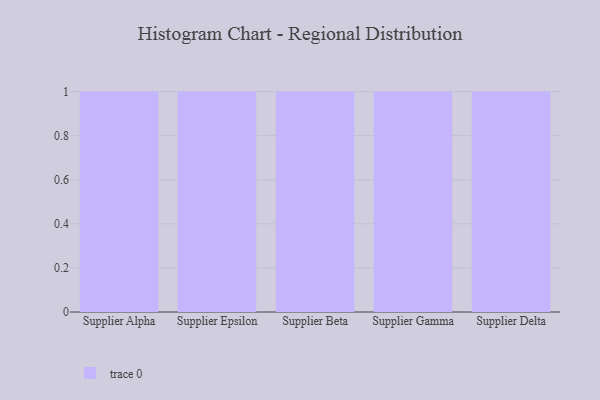
{"axis": {"x": "Supplier", "y": "Revenue (USD Million)"}, "legend": [""], "data": [{"x": "Supplier Alpha", "y": 30, "type": ""}, {"x": "Supplier Epsilon", "y": 36, "type": ""}, {"x": "Supplier Beta", "y": 59, "type": ""}, {"x": "Supplier Gamma", "y": 94, "type": ""}, {"x": "Supplier Delta", "y": 51, "type": ""}]}